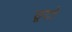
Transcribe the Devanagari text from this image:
छूटो